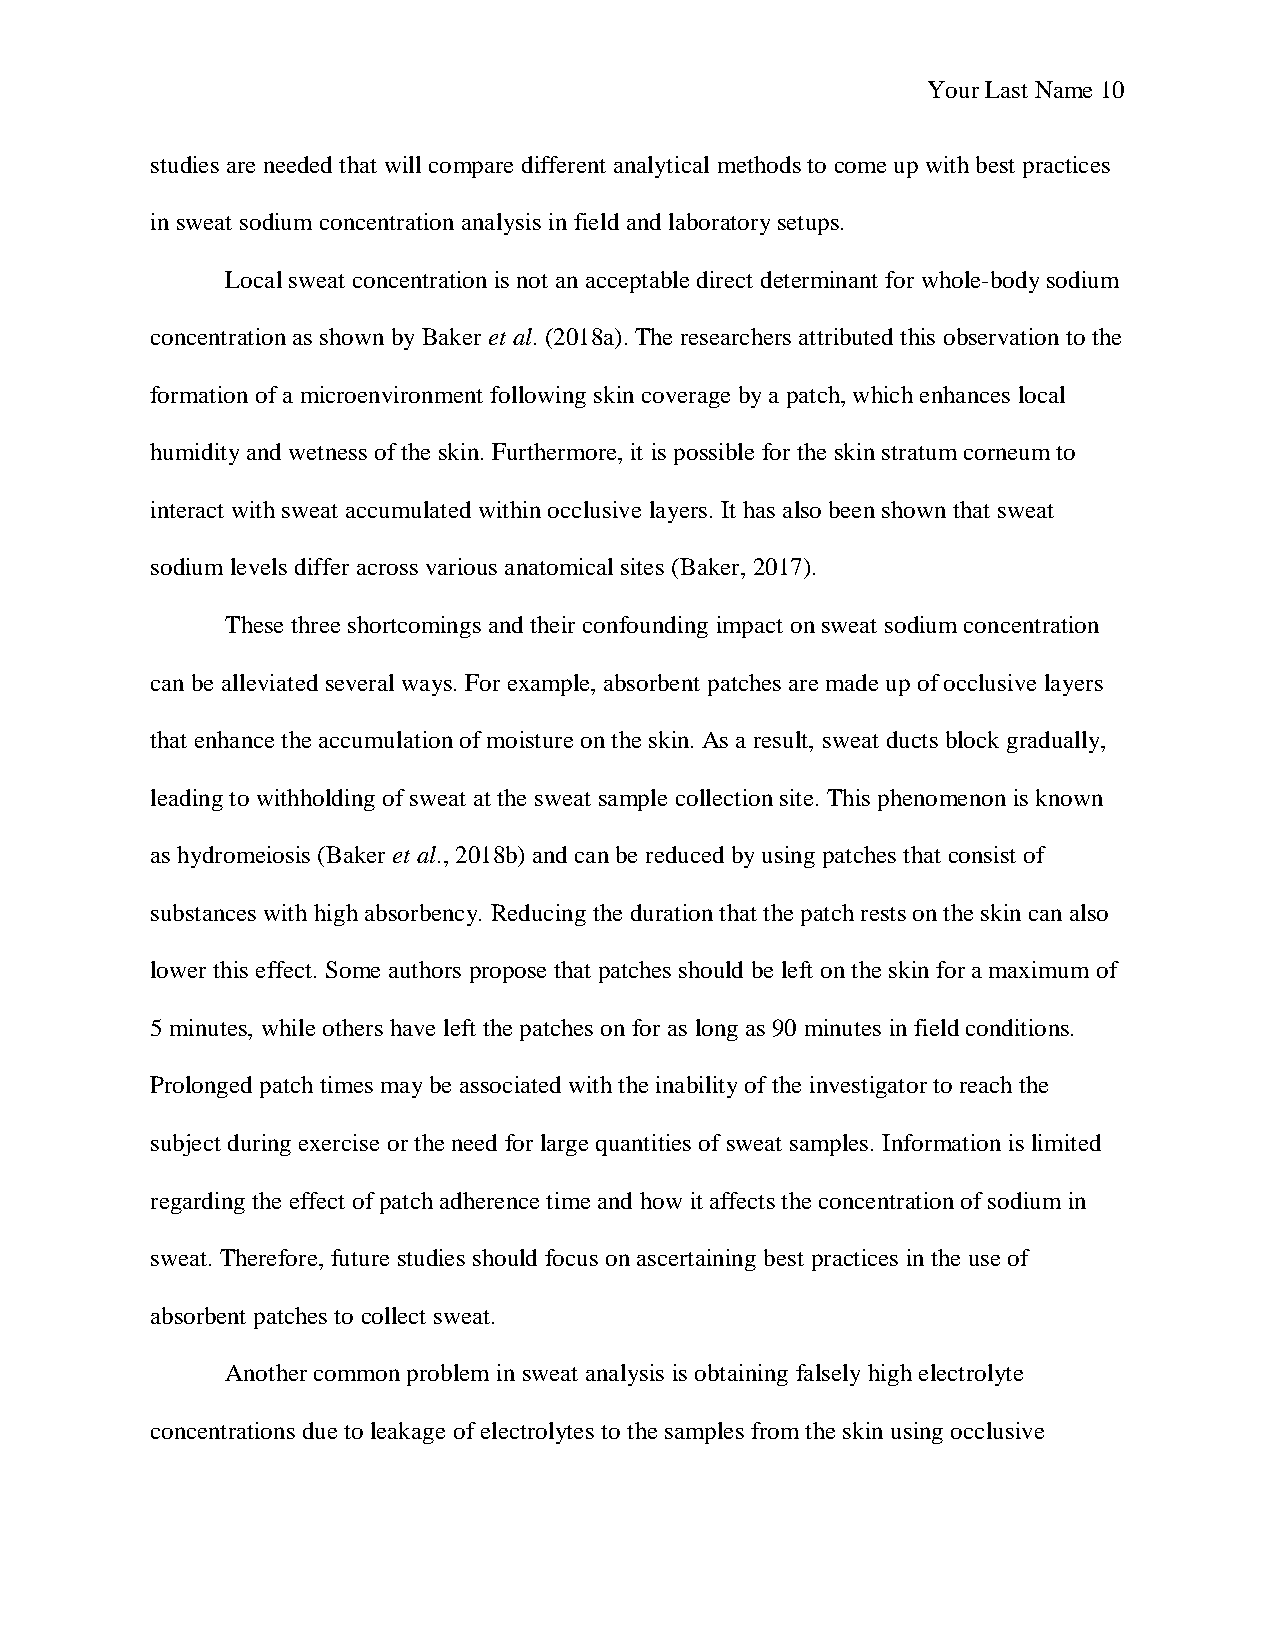
Your Last Name 10
 studies are needed that will compare different analytical methods to come up with best practices
 in sweat sodium concentration analysis in field and laboratory setups.
 Local sweat concentration is not an acceptable direct determinant for whole-body sodium
 concentration as shown by Baker et al. (2018a). The researchers attributed this observation to the
 formation of a microenvironment following skin coverage by a patch, which enhances local
 humidity and wetness of the skin. Furthermore, it is possible for the skin stratum corneum to
 interact with sweat accumulated within occlusive layers. It has also been shown that sweat
 sodium levels differ across various anatomical sites (Baker, 2017).
 These three shortcomings and their confounding impact on sweat sodium concentration
 can be alleviated several ways. For example, absorbent patches are made up of occlusive layers
 that enhance the accumulation of moisture on the skin. As a result, sweat ducts block gradually,
 leading to withholding of sweat at the sweat sample collection site. This phenomenon is known
 as hydromeiosis (Baker et al., 2018b) and can be reduced by using patches that consist of
 substances with high absorbency. Reducing the duration that the patch rests on the skin can also
 lower this effect. Some authors propose that patches should be left on the skin for a maximum of
 5 minutes, while others have left the patches on for as long as 90 minutes in field conditions.
 Prolonged patch times may be associated with the inability of the investigator to reach the
 subject during exercise or the need for large quantities of sweat samples. Information is limited
 regarding the effect of patch adherence time and how it affects the concentration of sodium in
 sweat. Therefore, future studies should focus on ascertaining best practices in the use of
 absorbent patches to collect sweat.
 Another common problem in sweat analysis is obtaining falsely high electrolyte
 concentrations due to leakage of electrolytes to the samples from the skin using occlusive